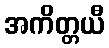
အကိတ္တယီ